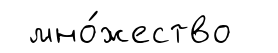
мно́жество